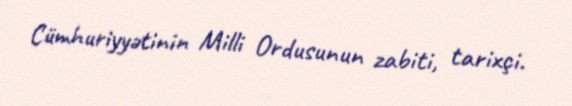
Cümhuriyyətinin Milli Ordusunun zabiti, tarixçi.